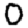
Digit: 0